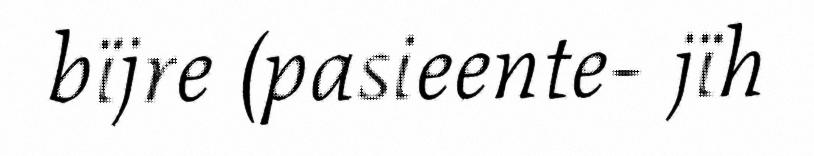
bïjre (pasieente- jïh